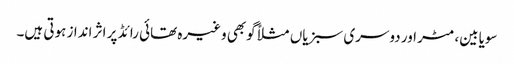
سویابین، مٹر اور دوسری سبزیاں مثلاً گوبھی وغیرہ تھائی رائڈ پر اثر انداز ہوتی ہیں۔